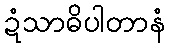
ဍံသာဓိပါတာနံ